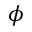
\phi